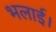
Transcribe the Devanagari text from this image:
भलाई।